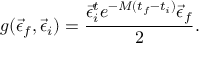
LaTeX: g ( \vec { \epsilon } _ { f } , \vec { \epsilon } _ { i } ) = \frac { \vec { \epsilon } _ { i } ^ { t } e ^ { - M ( t _ { f } - t _ { i } ) } \vec { \epsilon } _ { f } } { 2 } .